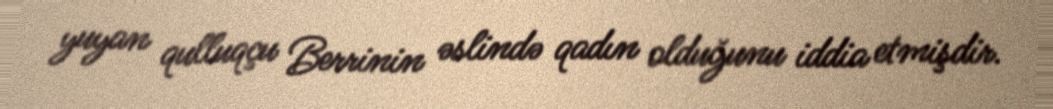
yuyan qulluqçu Berrinin əslində qadın olduğunu iddia etmişdir.